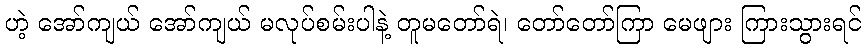
ဟဲ့ အော်ကျယ် အော်ကျယ် မလုပ်စမ်းပါနဲ့ တူမတော်ရဲ၊ တော်တော်ကြာ မေဖျား ကြားသွားရင်